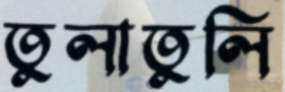
তুলাতুলি